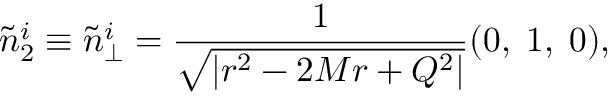
\tilde { n } _ { 2 } ^ { i } \equiv \tilde { n } _ { \perp } ^ { i } = \frac { 1 } { \sqrt { | r ^ { 2 } - 2 M r + Q ^ { 2 } | } } ( 0 , \; 1 , \; 0 ) ,